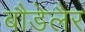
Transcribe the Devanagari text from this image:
बौडेलैर